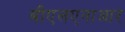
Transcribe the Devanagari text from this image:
बीएलएनाआर